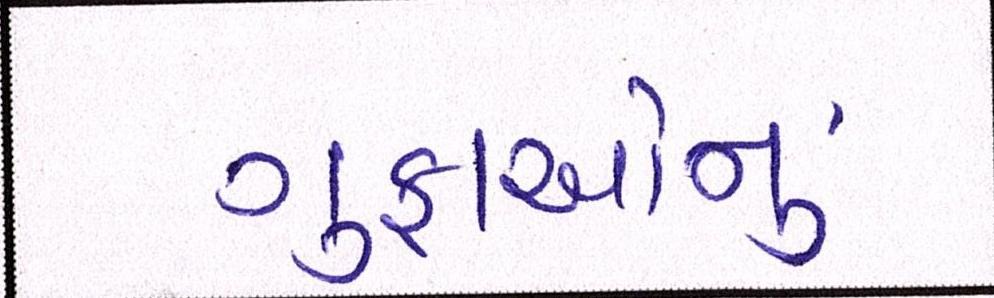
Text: ગુફાઓનું